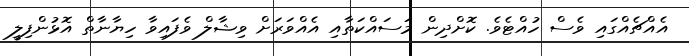
އެއްޗެއްގައި ވެސް ހުއްޓެވެ. ކޮށްދިން މަސައްކަތާއި އެއްވަރަށް ވިޝާލް ވެފައިވާ ހިޔާނާތް އޮޅުންފިލީ